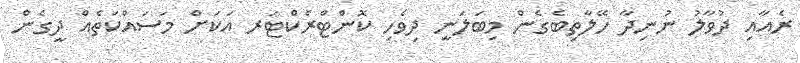
ރެއާއި ދުވާލު ނުނިދާ ހޭލާތިބެގެން މިބަލަނީ ދިވެހި ކޮންޓްރެކްޓަރ އަކަށް މަސައްކަތެއް ދީގެން